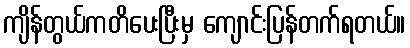
ကျိန်တွယ်ကတိပေးပြီးမှ ကျောင်းပြန်တက်ရတယ်။